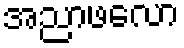
အညာဖလော